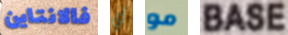
فالانتاين أي مو BASE